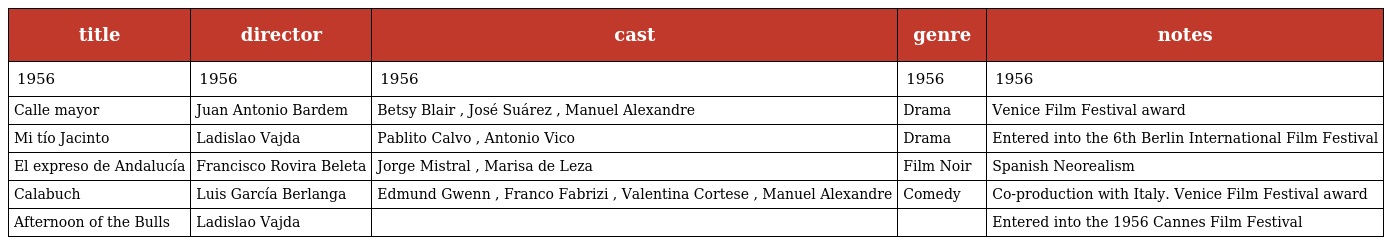
| title | director | cast | genre | notes |
 | --- | --- | --- | --- | --- |
 | 1956 | 1956 | 1956 | 1956 | 1956 |
 | Calle mayor | Juan Antonio Bardem | Betsy Blair , José Suárez , Manuel Alexandre | Drama | Venice Film Festival award |
 | Mi tío Jacinto | Ladislao Vajda | Pablito Calvo , Antonio Vico | Drama | Entered into the 6th Berlin International Film Festival |
 | El expreso de Andalucía | Francisco Rovira Beleta | Jorge Mistral , Marisa de Leza | Film Noir | Spanish Neorealism |
 | Calabuch | Luis García Berlanga | Edmund Gwenn , Franco Fabrizi , Valentina Cortese , Manuel Alexandre | Comedy | Co-production with Italy. Venice Film Festival award |
 | Afternoon of the Bulls | Ladislao Vajda |  |  | Entered into the 1956 Cannes Film Festival |